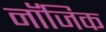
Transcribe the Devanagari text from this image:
नॉजिक